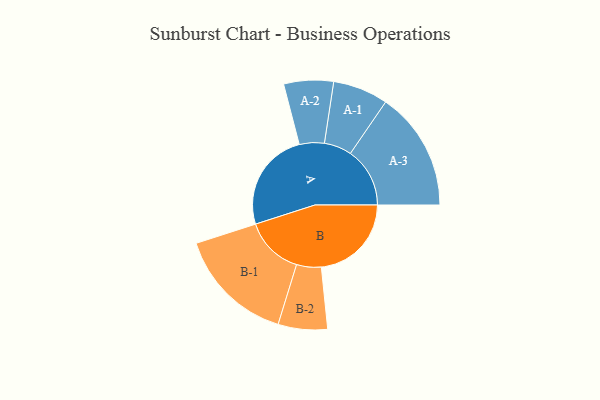
{"axis": {"x": "Segment", "y": "Value"}, "legend": ["", "A", "B"], "data": [{"x": "A", "y": 470, "type": ""}, {"x": "B", "y": 424, "type": ""}, {"x": "A-1", "y": 130, "type": "A"}, {"x": "A-2", "y": 117, "type": "A"}, {"x": "A-3", "y": 280, "type": "A"}, {"x": "B-1", "y": 277, "type": "B"}, {"x": "B-2", "y": 116, "type": "B"}]}